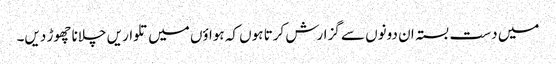
میں دست بستہ ان دونوں سے گزارش کرتا ہوں کہ ہواؤں میں تلواریں چلانا چھوڑ دیں۔